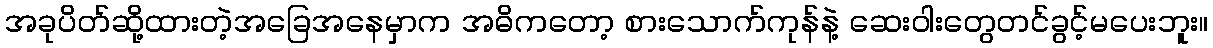
အခုပိတ်ဆို့ထားတဲ့အခြေအနေမှာက အဓိကတော့ စားသောက်ကုန်နဲ့ ဆေးဝါးတွေတင်ခွင့်မပေးဘူး။